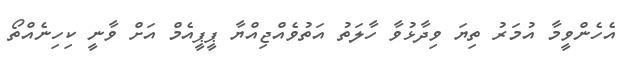
އެހެންވީމާ އުމަރު ތިޔަ ވިދާޅުވާ ހާލަތު އަތުވެއްޖިއްޔާ ޕީޕީއެމް އަށް ވާނީ ކިހިނެއްތޯ